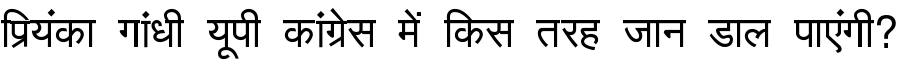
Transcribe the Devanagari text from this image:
प्रियंका गांधी यूपी कांग्रेस में किस तरह जान डाल पाएंगी?